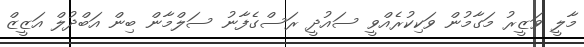
މާލީ ވަޒީރު މަގާމުން ވަކިކުރެއްވީ ސައުދީ ރަސްގެފާނު ސަލްމާން ބިން އަބްދުލް އަޒީޒް